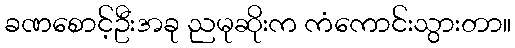
ခဏစောင့်ဦးအခု ညမုဆိုးက ကံကောင်းသွားတာ။